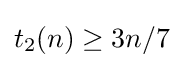
t_{2}(n)\geq 3n/7